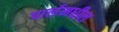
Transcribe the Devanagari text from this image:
पार्लमधील